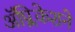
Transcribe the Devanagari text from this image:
अॅप्लिकेशने